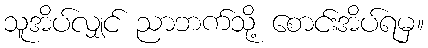
သူအိပ်လျှင် ညာဘက်သို့ စောင်းအိပ်ရမှ။